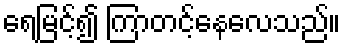
ရေမြင့်၍ ကြာတင့်နေလေသည်။